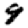
Digit: 9